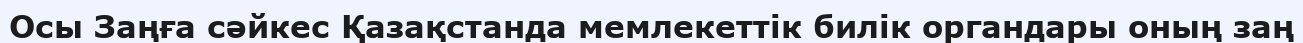
Осы Заңға сәйкес Қазақстанда мемлекеттік билік органдары оның заң